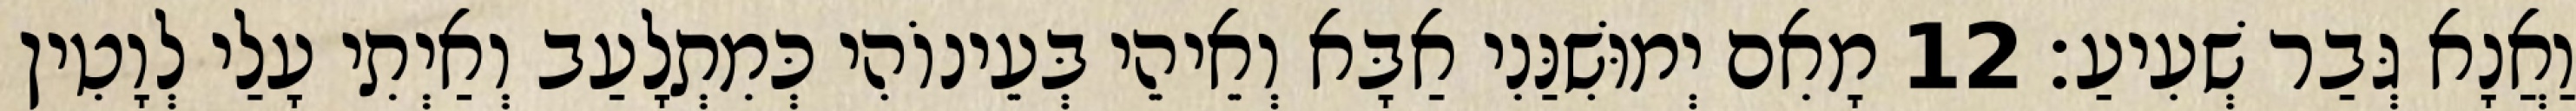
וַאֲנָא גְּבַר שְׁעִיעַ׃ 12 מָאִם יְמוּשִׁנַּנִי אַבָּא וְאֵיהֵי בְּעֵינוֹהִי כְּמִתְלָעַב וְאַיְתִי עָלַי לְוָטִין